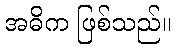
အဓိက ဖြစ်သည်။